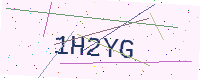
Text: 1H2YG